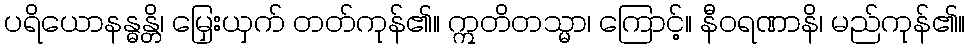
ပရိယောနန္ဓန္တိ၊ မြှေးယှက် တတ်ကုန်၏။ ဣတိတသ္မာ၊ ကြောင့်။ နီဝရဏာနိ၊ မည်ကုန်၏။